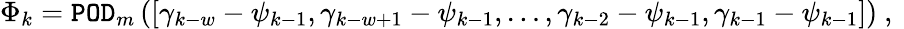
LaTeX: \Phi_{k}={\tt POD}_{m}\left(\left[\gamma_{k-w}-\psi_{k-1},\gamma_{k-w+1}-\psi_{k-1},\ldots,\gamma_{k-2}-\psi_{k-1},\gamma_{k-1}-\psi_{k-1}\right]\right)\mathrm{~,~}